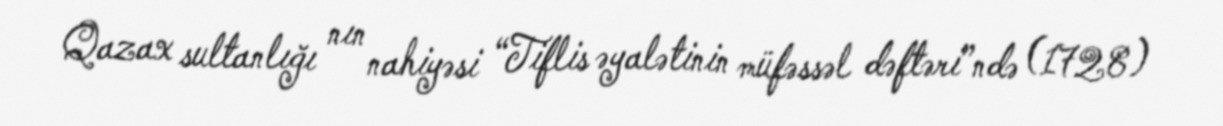
Qazax sultanlığı nın nahiyəsi “Tiflis əyalətinin müfəssəl dəftəri”ndə (1728)